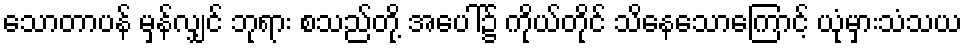
သောတာပန် မှန်လျှင် ဘုရား စသည်တို့ အပေါ်၌ ကိုယ်တိုင် သိနေသောကြောင့် ယုံမှားသံသယ